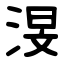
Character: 渂